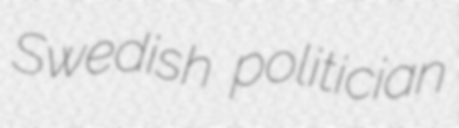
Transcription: Swedish politician